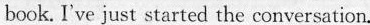
book. I've just started the conversation.